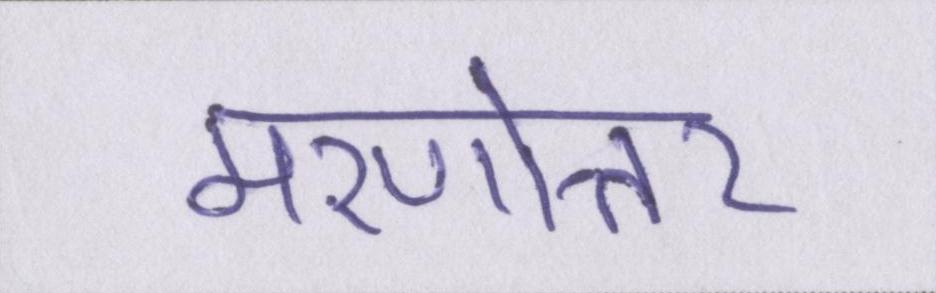
मरणोत्तर